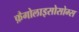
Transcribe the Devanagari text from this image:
फ़ैगोलाइसोसोम्स